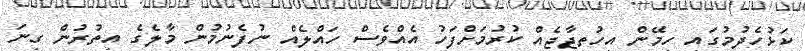
ކަޅުހެދުމުގައި ހިމޭން އިހުތިޖާޖެއް ކުރުމަށްފަހު އެއްވެސް ހައްލެއް ނުފެނުމުން މާލެގެ އިތުރުން ގިނަ